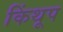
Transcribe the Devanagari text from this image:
किंथूप